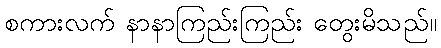
စကားလက် နာနာကြည်းကြည်း တွေးမိသည်။